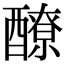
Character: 𨣀